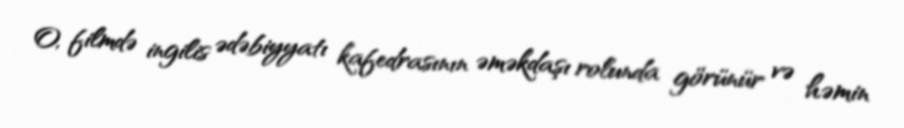
O, filmdə ingilis ədəbiyyatı kafedrasının əməkdaşı rolunda görünür və həmin